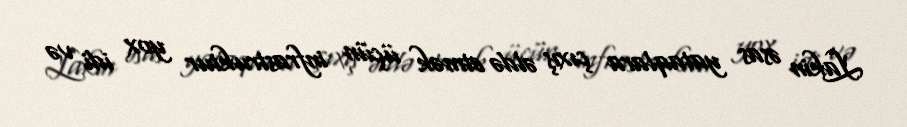
Lakin əsas yataqlara çıxış əldə etmək üçün infrastruktur yox idi və